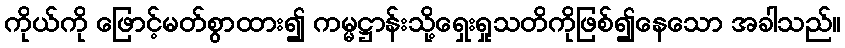
ကိုယ်ကို ဖြောင့်မတ်စွာထား၍ ကမ္မဋ္ဌာန်းသို့ရှေးရှုသတိကိုဖြစ်၍နေသော အခါသည်။